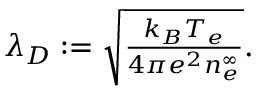
\begin{array} { r } { \lambda _ { D } : = \sqrt { \frac { k _ { B } T _ { e } } { 4 \pi e ^ { 2 } n _ { e } ^ { \infty } } } . } \end{array}